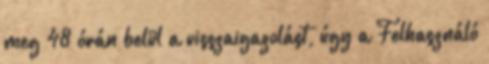
meg 48 órán belül a visszaigazolást, úgy a Felhasználó